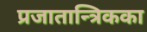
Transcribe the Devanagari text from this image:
प्रजातान्त्रिकका